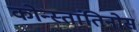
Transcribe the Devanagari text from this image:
कोन्स्तांतिनोस